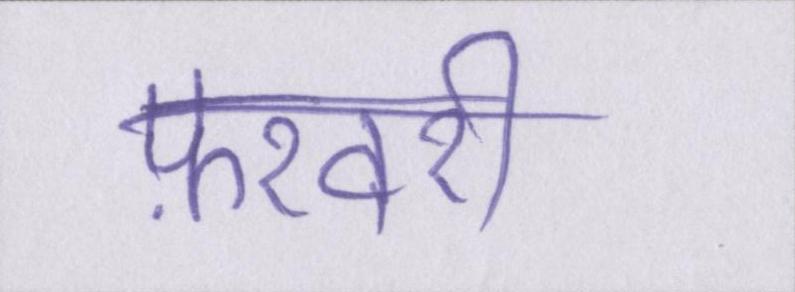
फ़रवरी